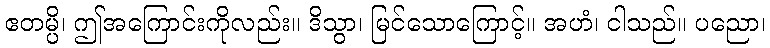
ဧတမ္ပိ၊ ဤအကြောင်းကိုလည်း။ ဒိသွာ၊ မြင်သောကြောင့်။ အဟံ၊ ငါသည်။ ပညော၊